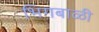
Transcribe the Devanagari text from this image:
भिगबाळी